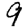
Digit: 9